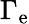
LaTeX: \Gamma_{\mathrm{e}}